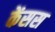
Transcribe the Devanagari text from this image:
केंसस